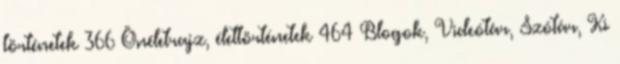
történetek 366 Önéletrajz, élettörténetek 464 Blogok, Videótár, Szótár, Ki